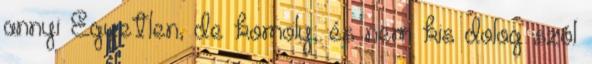
annyi Egyetlen, de komoly, és nem kis dolog szól